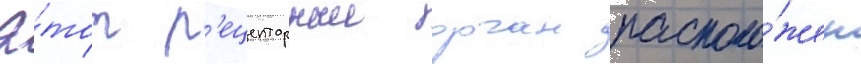
Э́тот р'ецепторныи орган располо́жен